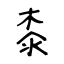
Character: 桼